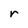
Character: r